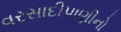
વરસાદીપાણીનો